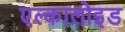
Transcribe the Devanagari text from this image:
एल्कालोइड